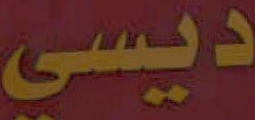
ديسي